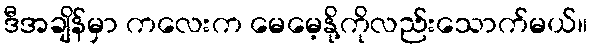
ဒီအချိန်မှာ ကလေးက မေမေ့နို့ကိုလည်းသောက်မယ်။